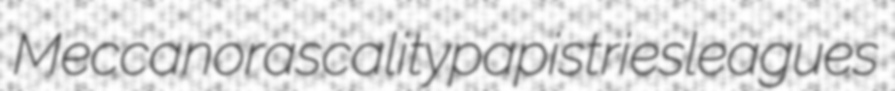
Meccano rascality papistries leagues